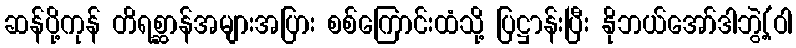
ဆန်ပို့ကုန် တိရစ္ဆာန်အများအပြား စစ်ကြောင်းထံသို့ ပြဋ္ဌာန်းပြီး နိုဘယ်အော်ဒါဘွဲ့(ဝါ